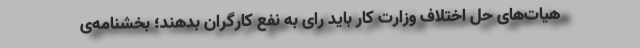
هیات‌های حل اختلاف وزارت کار باید رای به نفع کارگران بدهند؛ بخشنامه‌ی